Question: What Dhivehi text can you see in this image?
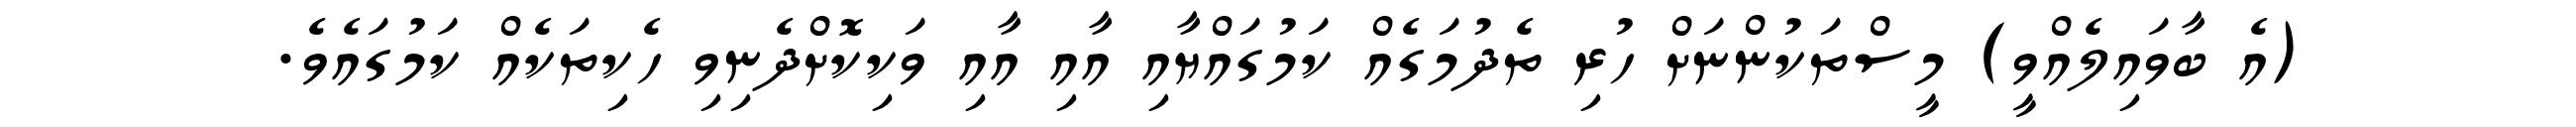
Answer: (އެ ބާވައިލެއްވީ) މީސްތަކުންނަށް ހުރި ތެދުމަގެއް ކަމުގައްޔާއި އާއި އާއި ވަކިކޮށްދެނިވި ހެކިތަކެއް ކަމުގައެވެ.